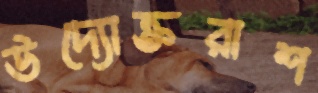
উদ্যোক্তরাশ